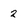
Character: 2